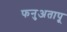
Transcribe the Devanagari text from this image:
फनुअतापू